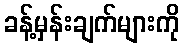
ခန့်မှန်းချက်များကို